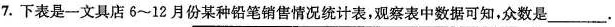
7.下表是一文具店6~12月份某种铅笔销售情况统计表，观察表中数据可知，众数是___。